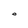
Character: O